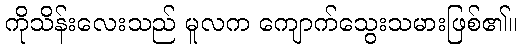
ကိုသိန်းလေးသည် မူလက ကျောက်သွေးသမားဖြစ်၏။